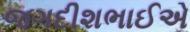
જગદીશભાઈએ